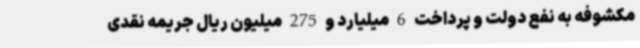
مکشوفه به نفع دولت و پرداخت 6 میلیارد و 275 میلیون ریال جریمه نقدی